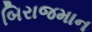
બિરાજમાન